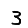
Digit: 3